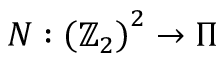
N : \left( \mathbb { Z } _ { 2 } \right) ^ { 2 } \rightarrow \Pi